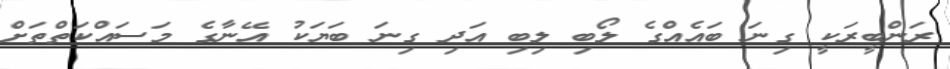
ރަންބީރަކީ ގިނަ ބައެއްގެ ލޯބި ލިބި އަދި ގިނަ ބަޔަކު އޭނާގެ މަސައްކަތްތަށް